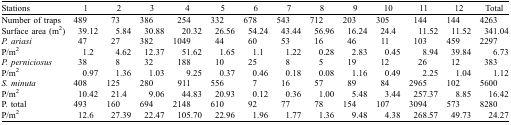
| Stations | 1 | 2 | 3 | 4 | 5 | 6 | 7 | 8 | 9 | 10 | 11 | 12 | Total |
 | --- | --- | --- | --- | --- | --- | --- | --- | --- | --- | --- | --- | --- | --- |
 | Number of traps | 489 | 73 | 386 | 254 | 332 | 678 | 543 | 712 | 203 | 305 | 144 | 144 | 4263 |
 | Surface area (m2) | 39.12 | 5.84 | 30.88 | 20.32 | 26.56 | 54.24 | 43.44 | 56.96 | 16.24 | 24.4 | 11.52 | 11.52 | 341.04 |
 | P. ariasi | 47 | 27 | 382 | 1049 | 44 | 60 | 53 | 16 | 46 | 11 | 103 | 459 | 2297 |
 | P/m2 | 1.2 | 4.62 | 12.37 | 51.62 | 1.65 | 1.1 | 1.22 | 0.28 | 2.83 | 0.45 | 8.94 | 39.84 | 6.73 |
 | P. perniciosus | 38 | 8 | 32 | 188 | 10 | 25 | 8 | 5 | 19 | 12 | 26 | 12 | 383 |
 | P/m2 | 0.97 | 1.36 | 1.03 | 9.25 | 0.37 | 0.46 | 0.18 | 0.08 | 1.16 | 0.49 | 2.25 | 1.04 | 1.12 |
 | S. minuta | 408 | 125 | 280 | 911 | 556 | 7 | 16 | 57 | 89 | 84 | 2965 | 102 | 5600 |
 | P/m2 | 10.42 | 21.4 | 9.06 | 44.83 | 20.93 | 0.12 | 0.36 | 1.00 | 5.48 | 3.44 | 257.37 | 8.85 | 16.42 |
 | P. total | 493 | 160 | 694 | 2148 | 610 | 92 | 77 | 78 | 154 | 107 | 3094 | 573 | 8280 |
 | P/m2 | 12.6 | 27.39 | 22.47 | 105.70 | 22.96 | 1.96 | 1.77 | 1.36 | 9.48 | 4.38 | 268.57 | 49.73 | 24.27 |